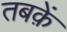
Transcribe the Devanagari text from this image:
तबक़ें